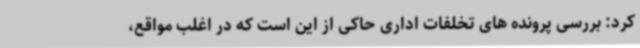
کرد: بررسی پرونده های تخلفات اداری حاکی از این است که در اغلب مواقع،